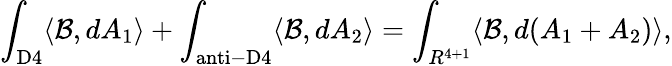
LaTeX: \int_{\mathrm{D4}}\langle{\cal B},dA_{1}\rangle+\int_{\mathrm{anti-D4}}\langle{\cal B},dA_{2}\rangle=\int_{R^{4+1}}\langle{\cal B},d(A_{1}+A_{2})\rangle,